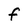
Character: f